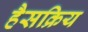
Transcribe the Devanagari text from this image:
हैसक्रिय